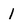
Character: 1